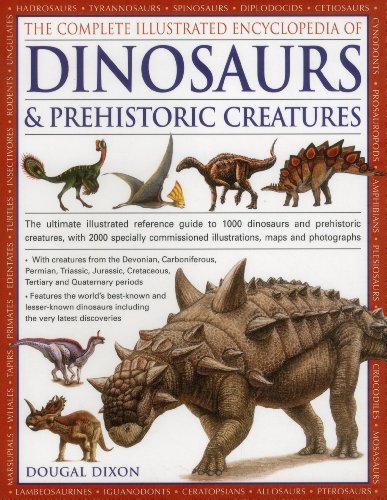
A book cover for The Complete Illustrated Encyclopedia Of Dinosaurs & Prehistoric Creatures: The Ultimate Illustrated Reference Guide To 1000 Dinosaurs And Prehistoric ... Commissioned Artworks, Maps And Photographs; Dougal Dixon; Science & Math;